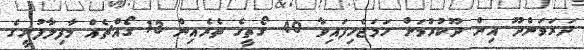
ދަރަވަންދޫ އިން ދޫކުރުމަށް ހަމަޖެހިފައިވާ 40 ގޯތީގެ ތެރެއިން 13 ގޯއްޗެއް މާފިލާފުށީގެ